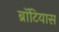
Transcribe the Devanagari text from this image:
ब्रॉटियास